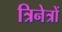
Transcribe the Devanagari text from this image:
त्रिनेत्रों